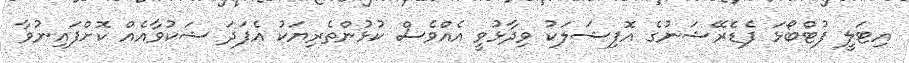
އިޓަލީ ފުޓްބޯޅަ ފެޑެރޭޝަނުގެ އޮފިޝަލަކު ވިދާޅުވީ އެއްވެސް ކުޅުންތެރިޔަކު އެފަދަ ޝަކުވާއެއް ކޮށްފައިނުވާ